Civil Veterinary Department. Central Provinces & Berar 1932-41 - 1932-1941
Year: 1932
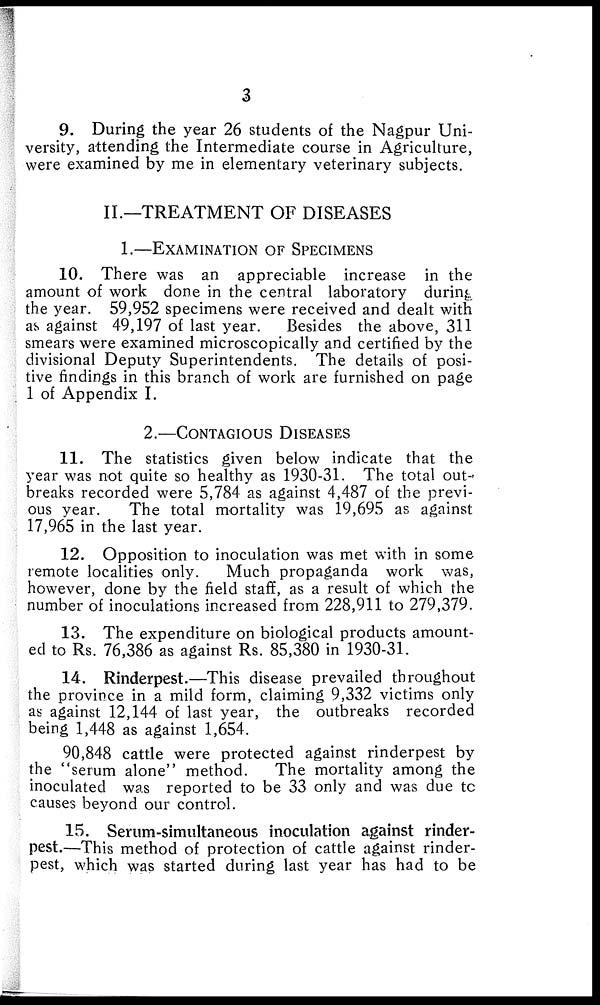
3
9. During the year 26 students of the Nagpur Uni-
versity, attending the Intermediate course in Agriculture,
were examined by me in elementary veterinary subjects.
II.—TREATMENT OF DISEASES
1.—EXAMINATION OF SPECIMENS
10. There was an appreciable increase in the
amount of work done in the central laboratory during
the year. 59,952 specimens were received and dealt with
as against 49,197 of last year.
Besides the above, 311
smears were examined microscopically and certified by the
divisional Deputy Superintendents. The details of posi-
tive findings in this branch of work are furnished on page
1 of Appendix I.
2.—CONTAGIOUS
DISEASES
11. The statistics given below indicate that the
year was not quite so healthy as 1930-31. The total out-
breaks recorded were 5,784 as against 4,487 of the previ-
ous year.
The total mortality was 19,695 as against
17,965 in the last year.
12. Opposition to inoculation was met with in some
remote localities only.
Much propaganda work was,
however, done by the field staff, as a result of which the
number of inoculations increased from 228,911 to 279,379.
13. The expenditure on biological products amount-
ed to Rs. 76,386 as against Rs. 85,380 in 1930-31.
14. Rinderpest.—This disease prevailed throughout
the province in a mild form, claiming 9,332 victims only
as against 12,144 of last year, the outbreaks recorded
being 1,448 as against 1,654.
90,848 cattle were protected against rinderpest by
the "serum alone" method.
The mortality among the
inoculated was reported to be 33 only and was due to
causes beyond our control.
15. Serum-simultaneous inoculation against rinder-
pest.—This method of protection of cattle against rinder-
pest, which was started during last year has had to be